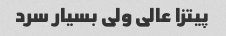
پیتزا عالی ولی بسیار سرد